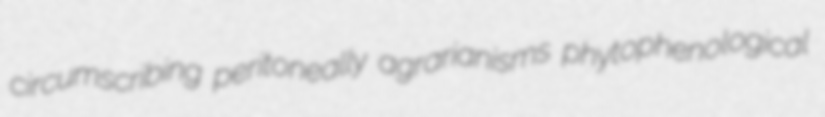
circumscribing peritoneally agrarianisms phytophenological